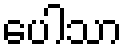
ပေါသာ